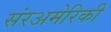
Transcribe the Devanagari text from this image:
संरअमेरिकी